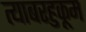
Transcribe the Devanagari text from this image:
त्याबरहुकूम